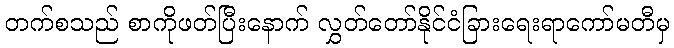
တက်စသည် စာကိုဖတ်ပြီးနောက် လွှတ်တော်နိုင်ငံခြားရေးရာကော်မတီမှ